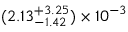
( 2 . 1 3 _ { - 1 . 4 2 } ^ { + 3 . 2 5 } ) \times 1 0 ^ { - 3 }